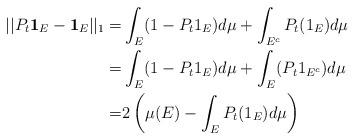
LaTeX: \begin{align*}||P_t \mathbf 1_E - \mathbf 1_E||_{1} =& \int_E (1-P_t 1_E) d\mu + \int_{E^c} P_t(1_E) d\mu\\ =& \int_E (1-P_t 1_E) d\mu + \int_E(P_t 1_{E^c}) d\mu\\ =& 2 \left( \mu(E)- \int_E P_t (1_E) d\mu \right)\end{align*}